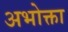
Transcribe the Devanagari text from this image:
अभोक्ता